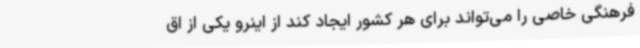
فرهنگی خاصی را می‌تواند برای هر کشور ایجاد کند از اینرو یکی از اق